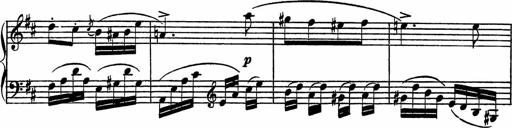
Title: Piano Sonatinas
Composer: Charles Fradel